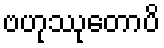
ဗဟုဿုတောပိ